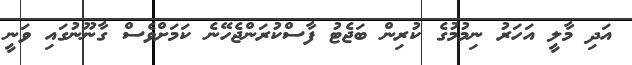
އަދި މާލީ އަހަރު ނިމުމުގެ ކުރިން ބަޖެޓު ފާސްކުރަންޖެހޭނެ ކަމަށްވެސް ގާނޫނުގައި ވަނީ